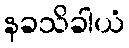
နခသိခါယံ